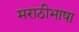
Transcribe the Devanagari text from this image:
मराठीभाषा